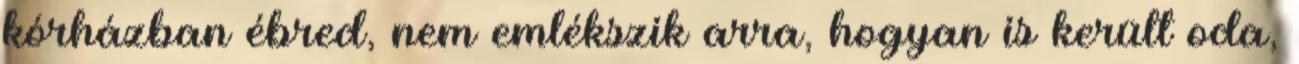
kórházban ébred, nem emlékszik arra, hogyan is került oda,